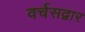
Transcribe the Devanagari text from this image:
वर्चसद्वार